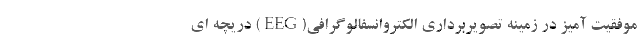
موفقیت آمیز در زمینه تصویربرداری الکتروانسفالوگرافی(EEG) دریچه ای